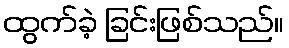
ထွက်ခဲ့ ခြင်းဖြစ်သည်။